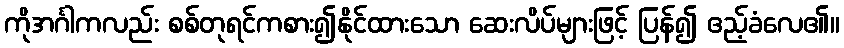
ကိုအင်္ဂါကလည်း စစ်တုရင်ကစား၍နိုင်ထားသော ဆေးလိပ်များဖြင့် ပြန်၍ ဧည့်ခံလေ၏။